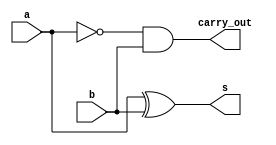

// Exemplo0022  SUBTRATOR_3bits
// Nome: tila Martins Silva Jnior

// subtrator 3 bits

//--meia diferena
module meiaDiferenca(output carry_out,output s,input a,input b);
	wire w;
	xor(s,a,b);
	not(w,a);
	and(carry_out,w,b);
endmodule 

//--subtrator completo
module subtrator(output carry_out, output s, input a, input b, carry_in);
		wire s1, co1, co2;
		meiaDiferenca MD1 (co1, s1, a, b);
		meiaDiferenca MD2 (co2, s, s1, carry_in);
		or(carry_out, co2, co1);
endmodule

//--subtrator para 3bits
module subtrator3bits (output carry_out, output[2:0] s,
 input[2:0] a, input[2:0] b, input carry_in);

	wire co1,co2,co3;
	subtrator S0 (co1, s[0], a[0], b[0], carry_in);
	subtrator S1 (co2, s[1], a[1], b[1], co1);
	subtrator S2 (carry_out, s[2], a[2], b[2], co2);
endmodule

//--teste
module testSubtrator;

//--instancias
reg carryIn;
reg [2:0] x;
reg [2:0] y;
wire [2:0] diferenca;
wire carryOut;

subtrator3bits S3b (carryOut, diferenca, x, y, carryIn);

initial begin
$display("Exemplo0022 - tila Martins Silva Jnior - 449014");
$display("Test ALUs Subtracao 3 bits");
carryIn = 0; x = 3'b001; y = 3'b001; 
$monitor("carry_in: %b\ta: %b\tb: %b\ts: %b\tcarry_out: %b",carryIn, x, y, diferenca, carryOut);
#1 carryIn = 0; x = 3'b101; y = 3'b001; 
#1 carryIn = 0; x = 3'b111; y = 3'b001;
#1 carryIn = 1; x = 3'b101; y = 3'b101;
#1 carryIn = 1; x = 3'b100; y = 3'b011;
end
endmodule